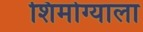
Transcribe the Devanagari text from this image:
शिमोग्याला